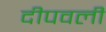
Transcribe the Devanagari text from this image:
दीपवली